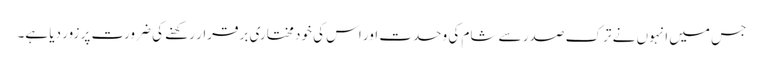
جس میں انہوں نے ترک صدر سے شام کی وحدت اور اس کی خود مختاری برقرار رکھنے کی ضرورت پر زور دیا ہے۔